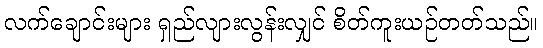
လက်ချောင်းများ ရှည်လျားလွန်းလျှင် စိတ်ကူးယဉ်တတ်သည်။